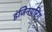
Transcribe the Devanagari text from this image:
इंजिनयरिंग